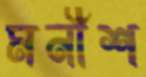
মনীশ